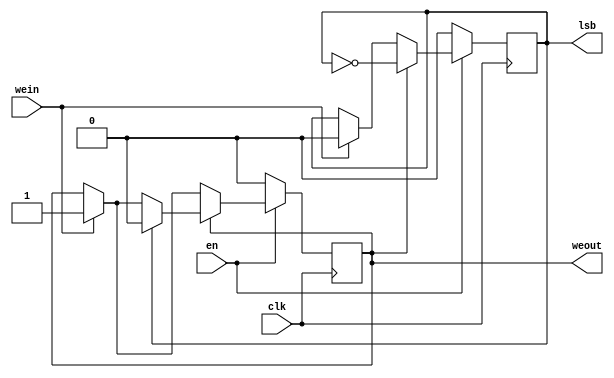
//============================================================================
//  Konami TMNT for MiSTer
//
//  Copyright (C) 2022 Sean 'Furrtek' Gonsalves
//
//  This program is free software; you can redistribute it and/or modify it
//  under the terms of the GNU General Public License as published by the Free
//  Software Foundation; either version 2 of the License, or (at your option)
//  any later version.
//
//  This program is distributed in the hope that it will be useful, but WITHOUT
//  ANY WARRANTY; without even the implied warranty of MERCHANTABILITY or
//  FITNESS FOR A PARTICULAR PURPOSE.  See the GNU General Public License for
//  more details.
//
//  You should have received a copy of the GNU General Public License along
//  with this program; if not, write to the Free Software Foundation, Inc.,
//  51 Franklin Street, Fifth Floor, Boston, MA 02110-1301 USA.
//============================================================================

module byte_loader(
	input clk,
	input en,
	input wein,
	output reg weout,
	output reg lsb
);

// clk	_|'|_|'|_|'|_|'|_|'|_|'|_
// wein 	_____|'''|_______________
// weout	_________|'''''''|_______
// lsb	_____________|'''|_______

always @(posedge clk) begin
	if (en) begin
		if (wein) begin
			lsb <= 1'b0;
			weout <= 1'b1;
		end
		if (weout) begin
			lsb <= ~lsb;
			if (lsb) weout <= 1'b0;
		end
	end else begin
		lsb <= 1'b0;
		weout <= 1'b0;
	end
end

endmodule